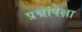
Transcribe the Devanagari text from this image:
प्रश्नांपेक्षा